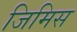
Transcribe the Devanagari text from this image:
जिमिस